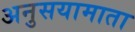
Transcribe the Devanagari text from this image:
अनुसयामाता